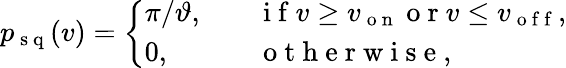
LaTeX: p_{\mathrm{~s~q~}}(v)=\left\{ \begin{array}{ll}{\pi/\vartheta,\quad}&{\mathrm{~i~f~}v\geq v_{\mathrm{~o~n~}}\mathrm{~o~r~}v\leq v_{\mathrm{~o~f~f~}},}\\ {0,}&{\mathrm{~o~t~h~e~r~w~i~s~e~,~}}\end{array}\right.